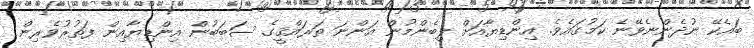
ބައެކޭ ނުދެންނެވޭނެ ކަމުގައެވެ. އިންޑިޔާއަށް ލިބެންމުން އަންނަ ތަރައްޤީގެ ސަބަބުން އިންޑިޔާއިން ފަތުރުވެރިން